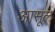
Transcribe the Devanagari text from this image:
आसूल